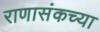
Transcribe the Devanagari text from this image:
राणासंकच्या